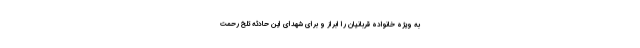
به ویژه خانواده قربانیان را ابراز و برای شهدای این حادثه تلخ رحمت